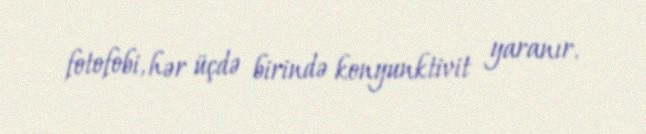
fotofobi, hər üçdə birində konyunktivit yaranır.